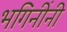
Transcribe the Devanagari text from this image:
भगिनींनी